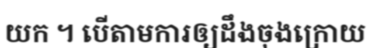
យក ។ បើតាមការឲ្យដឹងចុងក្រោយ